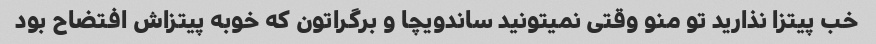
خب پیتزا نذارید تو منو وقتی نمیتونید ساندویچا و برگراتون که خوبه پیتزاش افتضاح بود